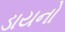
ડાયનો